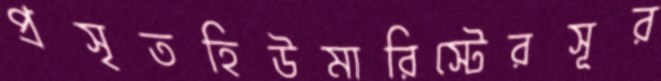
প্রসৃতহিউমারিস্টেরসূর